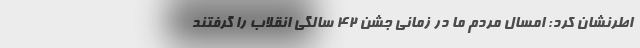
اطرنشان کرد: امسال مردم ما در زمانی جشن ۴۲ سالگی انقلاب را گرفتند